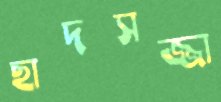
ছাদসজ্জা